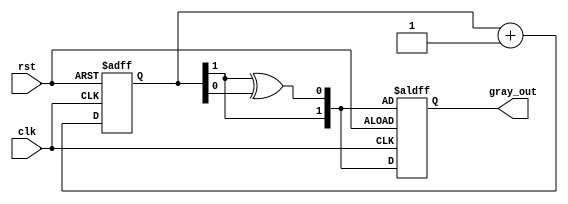
module gray_code_counter (
    input wire clk,        // Clock signal
    input wire rst,        // Asynchronous reset signal
    output reg [1:0] gray_out // 2-bit Gray Code output
);

    // Internal binary counter
    reg [1:0] binary_count;

    // Gray Code conversion function
    function [1:0] binary_to_gray;
        input [1:0] binary;
        begin
            binary_to_gray[1] = binary[1]; // MSB remains the same
            binary_to_gray[0] = binary[1] ^ binary[0]; // XOR for the rest
        end
    endfunction

    // Always block for counter operation
    always @(posedge clk or posedge rst) begin
        if (rst) begin
            // Reset the binary counter and output to 00
            binary_count <= 2'b00;
            gray_out <= binary_to_gray(binary_count);
        end else begin
            // Increment the binary counter
            binary_count <= binary_count + 1;
            // Convert to Gray Code
            gray_out <= binary_to_gray(binary_count);
        end
    end

endmodule